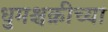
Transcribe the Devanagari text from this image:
धुमश्चक्रीच्या